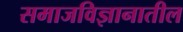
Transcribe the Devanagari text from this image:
समाजविज्ञानातील